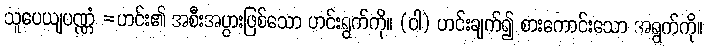
သူပေယျပဏ္ဏံ =ဟင်း၏ အစီးအပွားဖြစ်သော ဟင်းရွက်ကို။ (ဝါ) ဟင်းချက်၍ စားကောင်းသော အရွက်ကို။